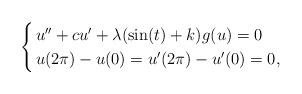
LaTeX: \begin{align*}\begin{cases}\, u'' + c u' + \lambda(\sin(t) + k) g(u) = 0\\\, u(2\pi) - u(0) = u'(2\pi) - u'(0) = 0,\end{cases}\end{align*}